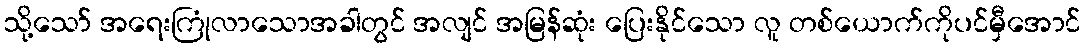
သို့သော် အရေးကြုံလာသောအခါတွင် အလျင် အမြန်ဆုံး ပြေးနိုင်သော လူ တစ်ယောက်ကိုပင်မှီအောင်